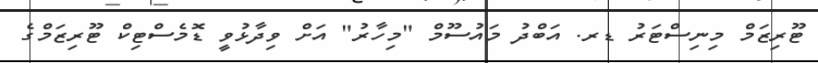
ޓޫރިޒަމް މިނިސްޓަރު ޑރ. އަބްދު މައުސޫމް "މިހާރު" އަށް ވިދާޅުވީ ޑޮމެސްޓިކް ޓޫރިޒަމްގެ